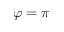
\varphi = \pi